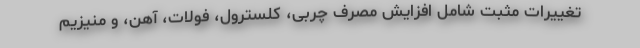
تغییرات مثبت شامل افزایش مصرف چربی، کلسترول، فولات، آهن، و منیزیم